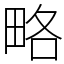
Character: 略